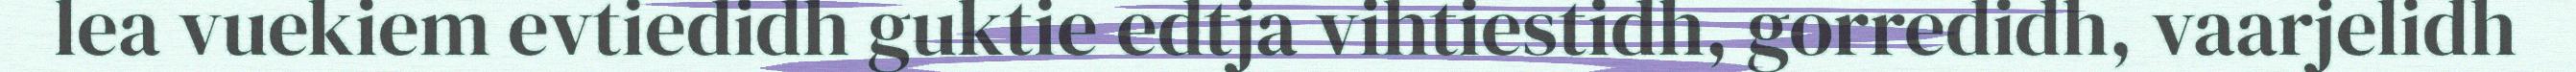
lea vuekiem evtiedidh guktie edtja vihtiestidh, gorredidh, vaarjelidh